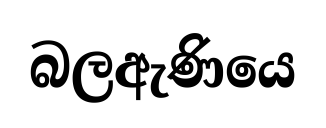
බලඇණියෙ